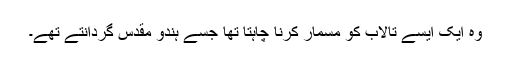
وہ ایک ایسے تالاب کو مسمار کرنا چاہتا تھا جسے ہندو مقدس گردانتے تھے۔